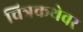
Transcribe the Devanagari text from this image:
चित्रकथेवर